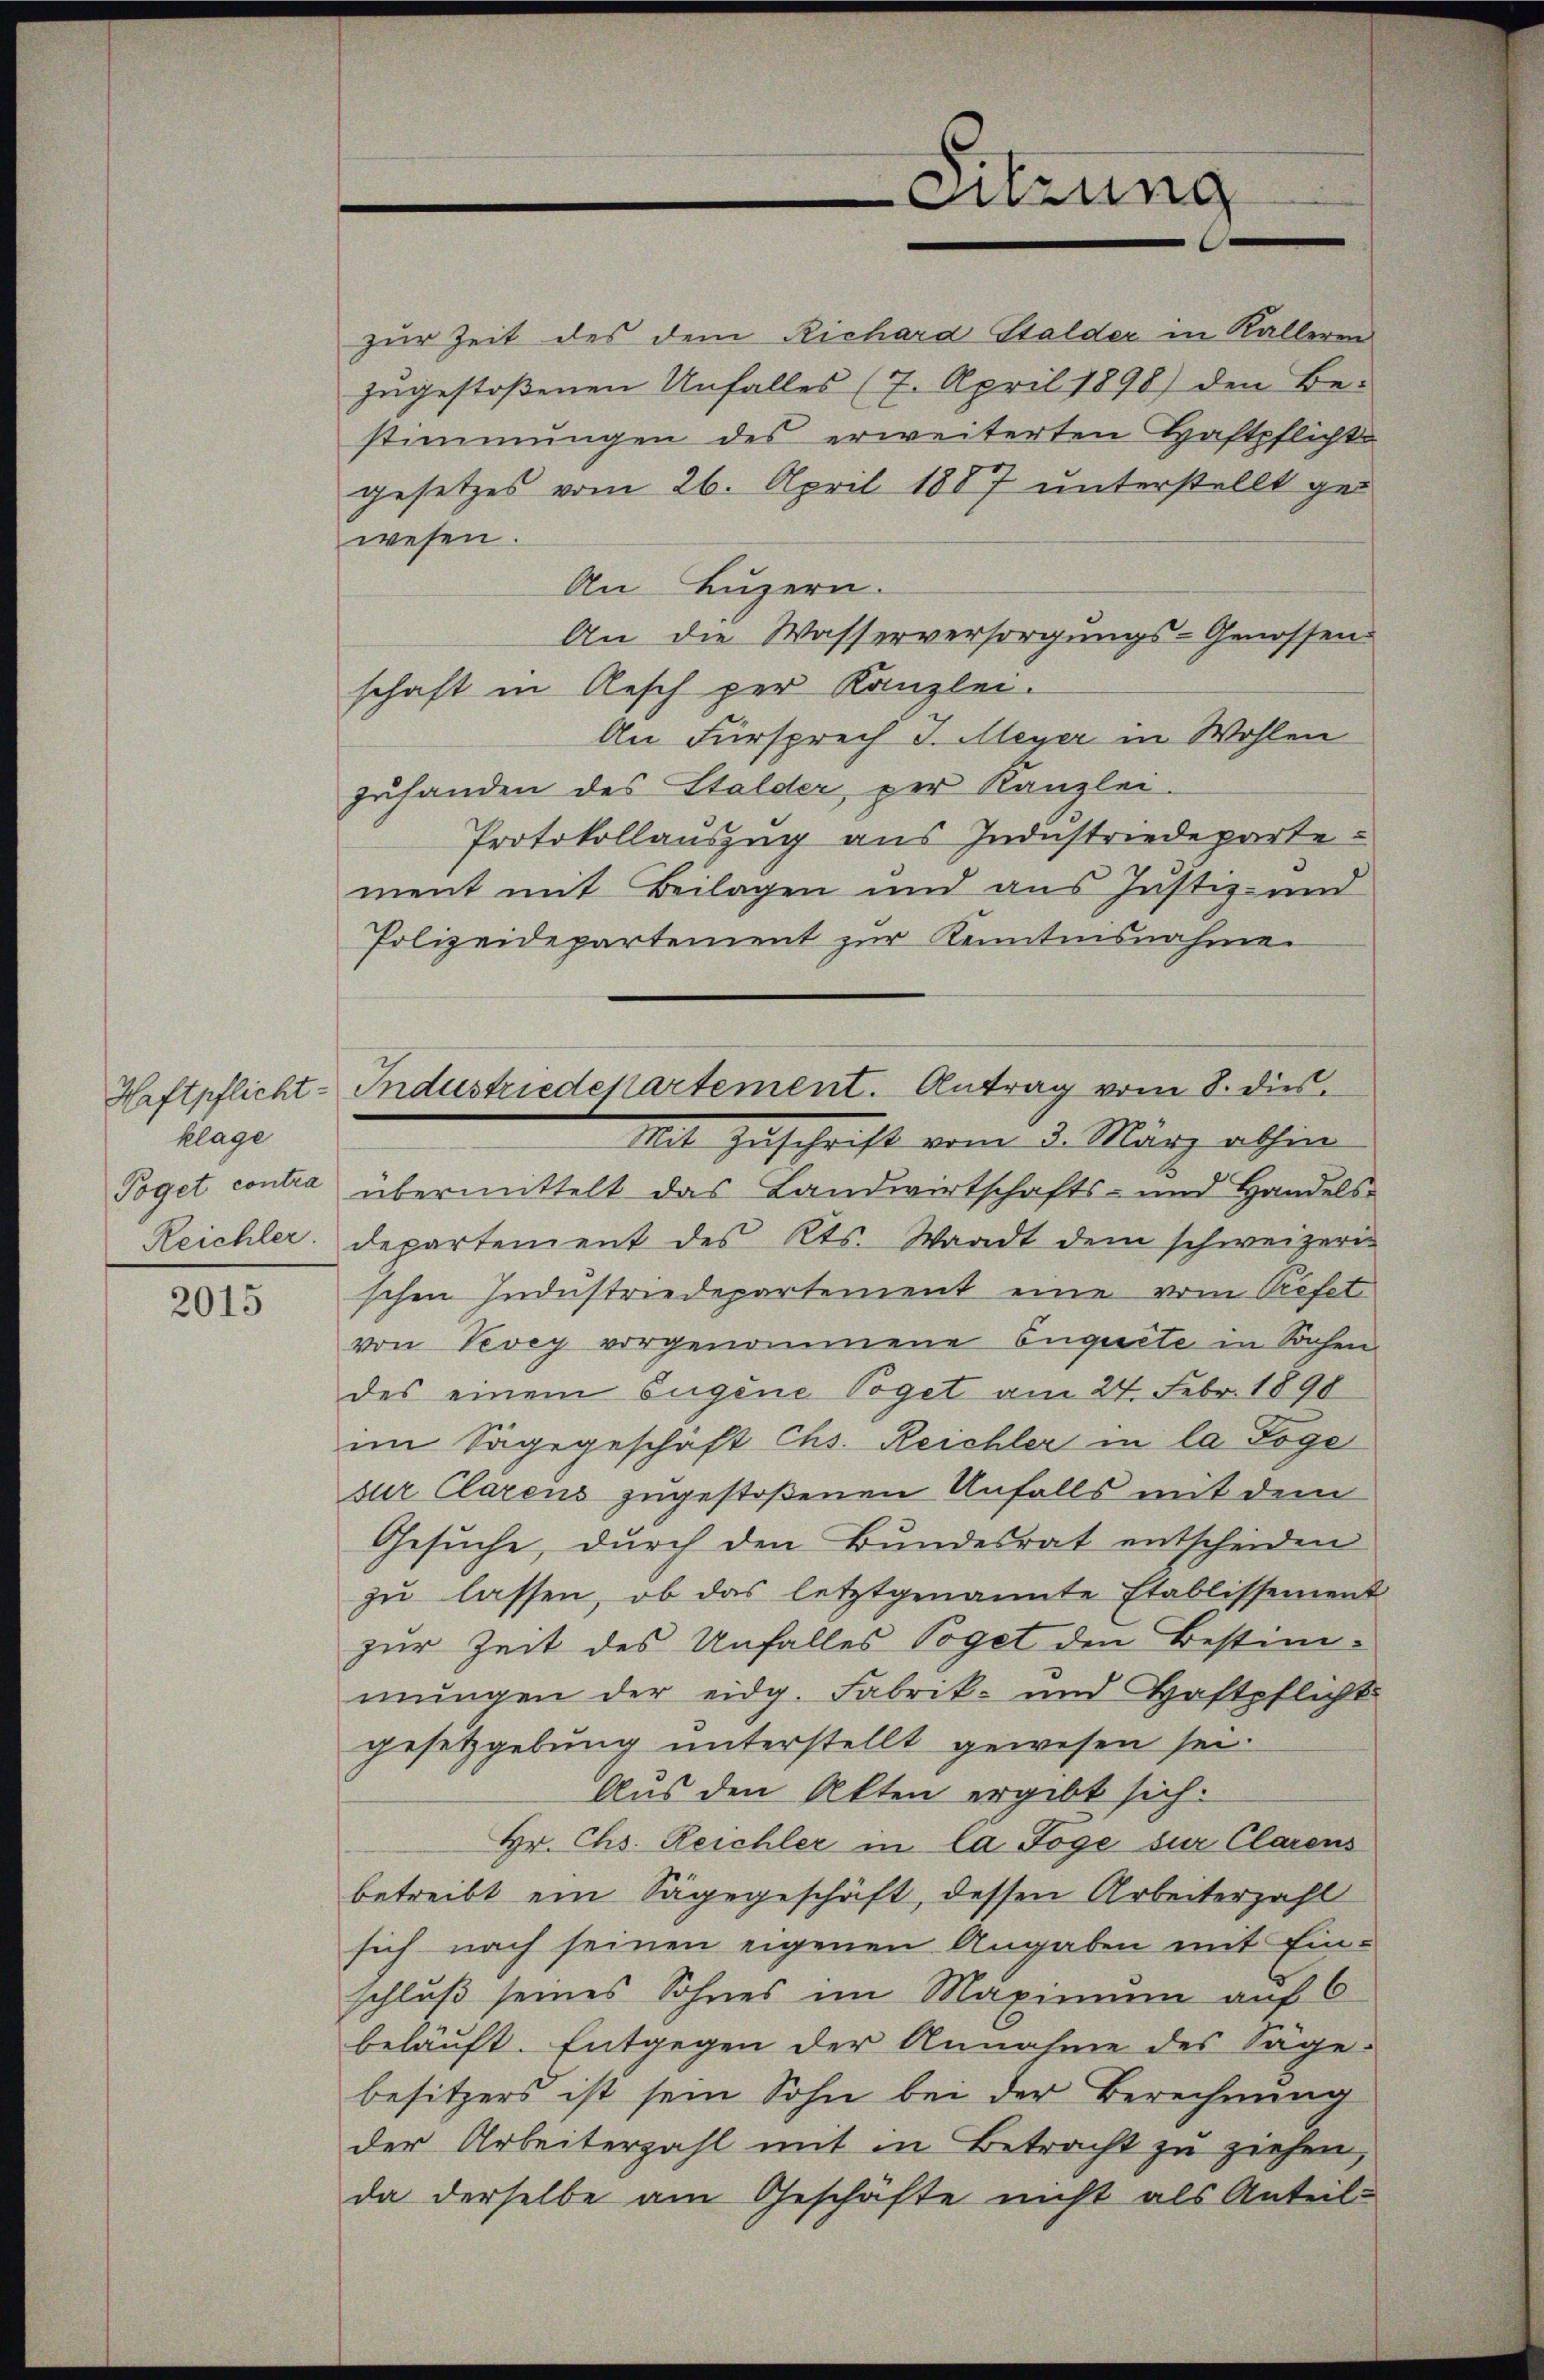
klage
Poget contra
Reichler.

2015

zur Zeit des dem Richard Stalder in Kalleren
zugestoßenen Unfalles (7. April 1898) den Be-
stimmungen des erweiterten Haftpflichte
gesetzes vom 26. April 1887 unterstellt gewesen
An Luzern.
An die Wasserversorgungs-Genossen.
schaft in Aesch per Kanzlei.
An Fürsprech J. Meyer in Wohlen
zufanden des Stalder, per Kanzlei.
Protokollauszug aus Industriedepartement mit Beilagen und aus Justiz- und
Polizeidepartement zur Kenntnisnahme
Mit Zuschrift vom 3. März abhin
übermittelt das Landwirtschafts- und Handels-
departement des Kts. Waadt dem schweizern
schen Industriedepartement eine vom Prefet
von Vevey vorgenommene Engerte in Sachen
des einem Eugene Voget am 24. Febr. 1890
im Sagegeschäft Chs. Reichler in la Poge
zur Clarens zugestoßenen Unfalls mit dem
Gesuche, durch den Bundesrat entscheiden
zu lassen, ob das letztgenannte Etablissement
zur Zeit des Unfalles Voget den Bestim-
mŭngen der eidg. Fabrik- und Haftpflicht
gesetzgebung unterstellt gewesen sei.
Aus den Akten ergibt sich.
Hr. Chs. Reichler in la Foge sur Clarens
betreibt ein Sagegeschäft, dessen Arbeiterzahl
sich nach seinen eigenen Angaben mit Einschluß seines Sohnes im Maximum auf 6
beläuft. Entgegen der Annahme des Säge-
besitzers ist sein Sohn bei der Berechnung
der Arbeiterzahl mit in Betracht zu ziehen,
da derselbe am Geschäfte nicht als Anteil-

Haftpflicht-Industriedenartement. Antrag vom 8. dies

Sitzung